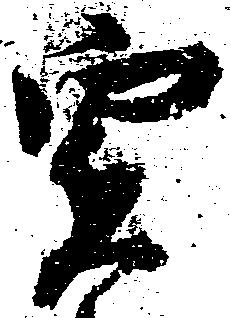
実